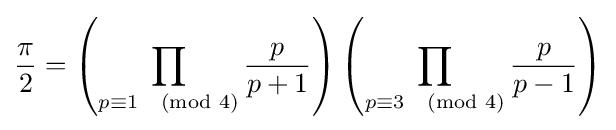
{\frac {\pi }{2}}=\left(\prod _{p\equiv 1{\pmod {4}}}{\frac {p}{p+1}}\right)\left(\prod _{p\equiv 3{\pmod {4}}}{\frac {p}{p-1}}\right)